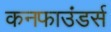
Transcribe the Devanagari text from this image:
कनफाउंडर्स